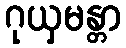
ဂုယှမန္တာ